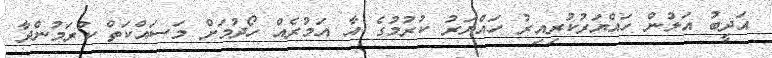
އަދީބު އަލުން ހައްޔަރުކުރިއިރު ހައްޔަރު ކުރުމުގެ އާ އަމުރެއް ހޯދުމަށް މަސައްކަތް ކުރަމުންދާ